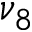
\nu _ { 8 }